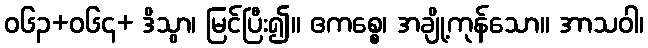
ဝ၆၃+၀၆၄+ ဒိသွာ၊ မြင်ပြီး၍။ ဧကစ္စေ၊ အချို့ကုန်သော။ အာသဝါ၊